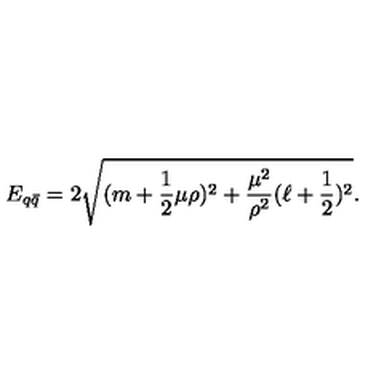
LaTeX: E _ { q \bar { q } } = 2 \sqrt { ( m + \frac { 1 } { 2 } \mu \rho ) ^ { 2 } + \frac { \mu ^ { 2 } } { \rho ^ { 2 } } ( \ell + \frac { 1 } { 2 } ) ^ { 2 } } .